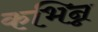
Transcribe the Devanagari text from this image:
कभिन्न